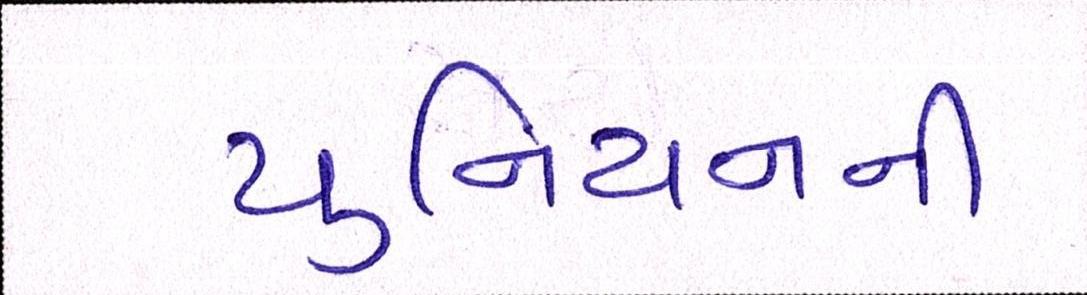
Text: યુનિયનની